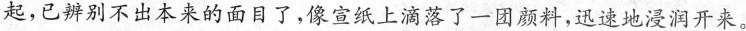
起，已经辨别不出本来的面目了，像宣纸上滴落了一团颜料，迅速地浸润开来。